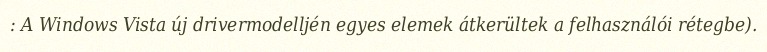
: A Windows Vista új drivermodelljén egyes elemek átkerültek a felhasználói rétegbe).